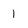
Character: 1